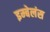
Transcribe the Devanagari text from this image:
इम्बेलंस